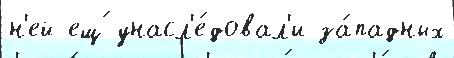
н'ей ещ́ унасл'е́довал'и за́падных